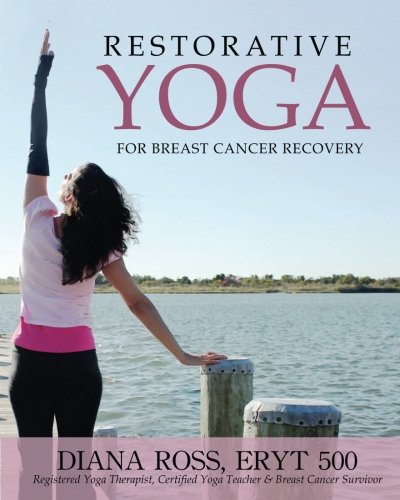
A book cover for Restorative Yoga For Breast Cancer Recovery: Gentle Flowing Yoga For Breast Health, Breast Cancer Related Fatigue & Lymphedema Management; Diana Ross; Health, Fitness & Dieting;